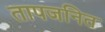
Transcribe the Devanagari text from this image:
तापजनित